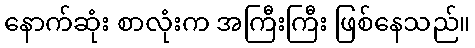
နောက်ဆုံး စာလုံးက အကြီးကြီး ဖြစ်နေသည်။